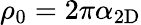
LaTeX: \rho_{0}=2\pi\alpha_{\mathrm{2D}}